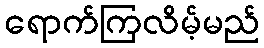
ရောက်ကြလိမ့်မည်